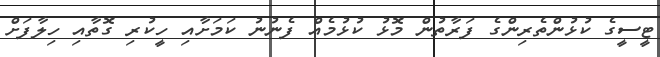
ޓީސީގެ ކުޅުންތެރިންގެ ފަރާތުން މޮޅު ކުޅުމެއް ފެނުނު ކަމަށާއި ހީކުރި ގޮތާއި ހިލާފަށް